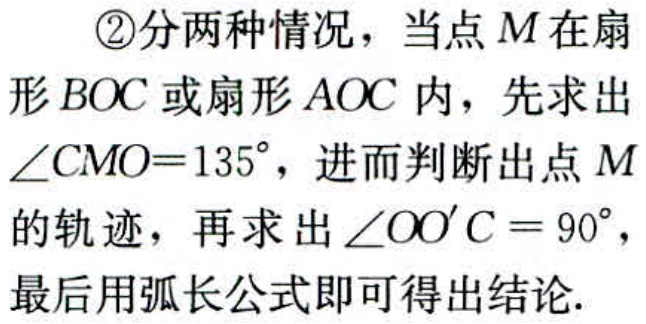
\textcircled{2}分两种情况，当点\(M\)在扇形\(BOC\)或扇形\(AOC\)内，先求出\(\angle CMO = 135^{\circ}\)，进而判断出点\(M\)的轨迹，再求出\(\angle OO'C = 90^{\circ}\)，最后用弧长公式即可得出结论.